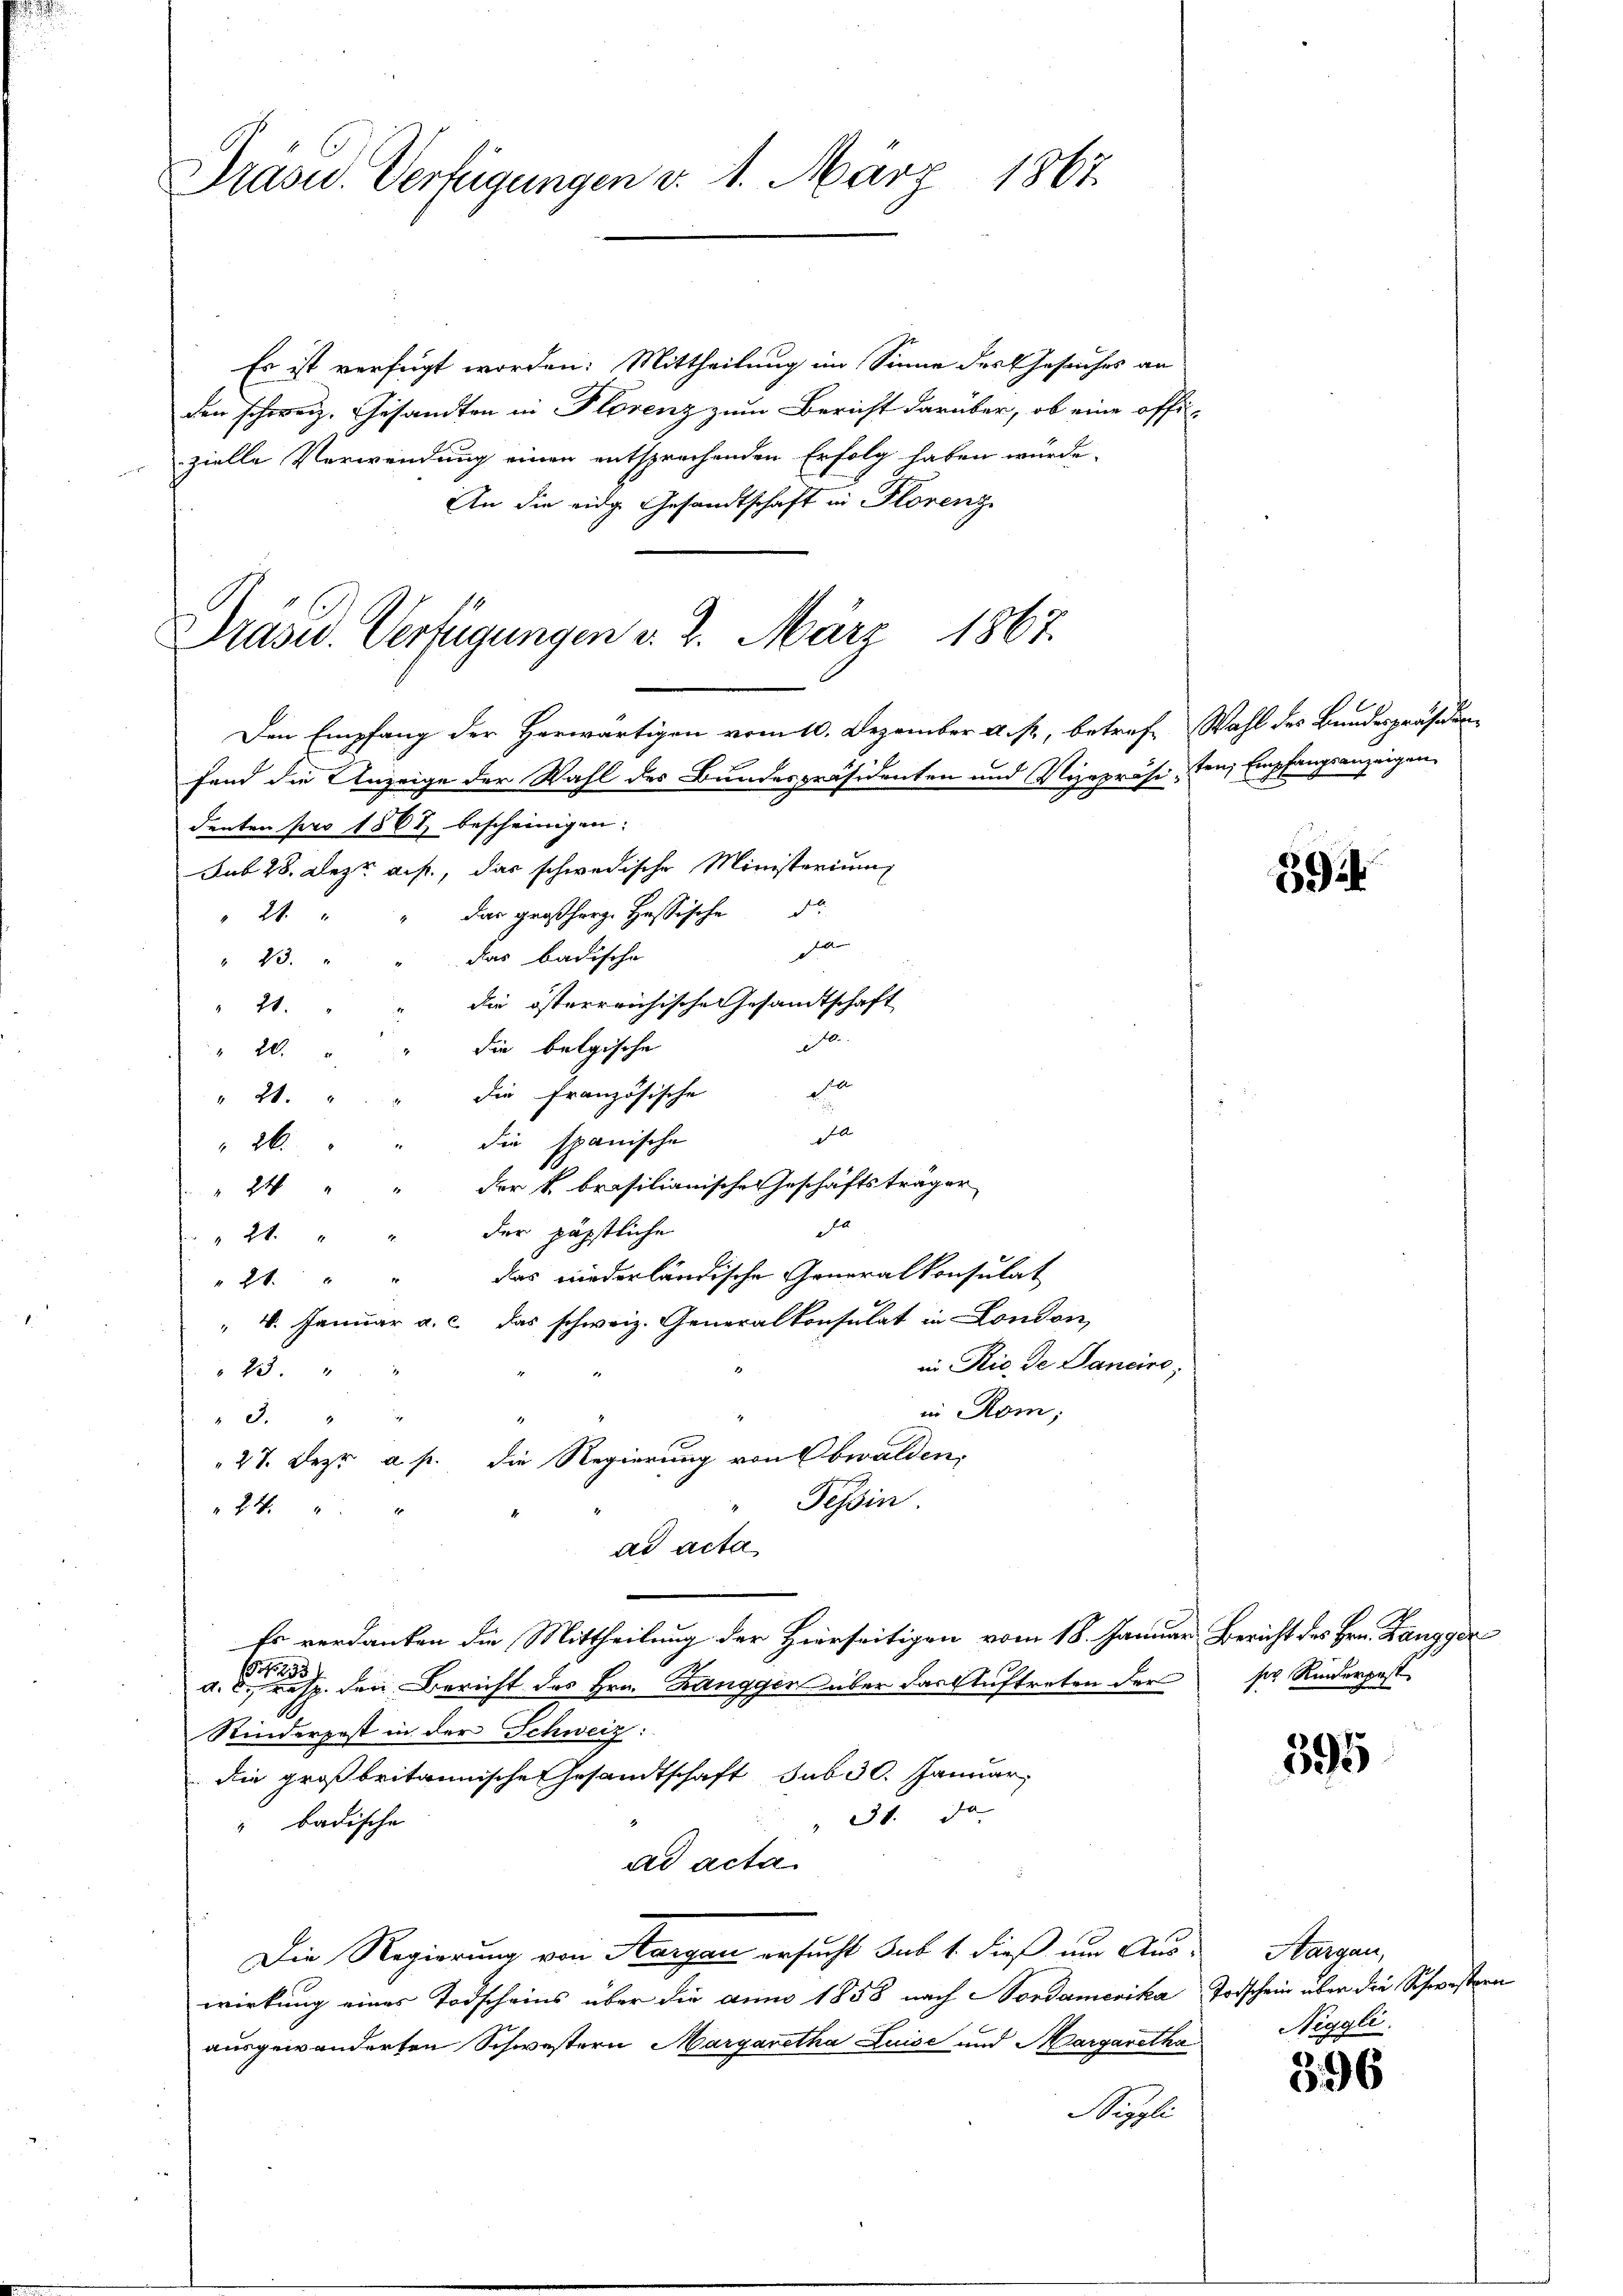
Präsid.. Verfügungen v. 1. März 1867.

Es ist verfügt worden: Mittheilung im Sinne des Gesuches an
den schweiz. Gesandten in Florenz zum Bericht darüber, ob eine offi-
zielle Verwendung einen entsprechenden Erfolg haben würde.
An die eidg Gesandtschaft in Florenz
Den Empfang der Herwärtigen vom 10. Dezember a. p., betref- Wahl des Bundespräsiden-
fand die Anzeige der Wahl des Bundespräsidenten und Vizepräsiden Empfangsanzeigen
denten pro 1867 bescheinigen.
Sub 28. Dez. auf, das schwedische Ministerium
das großherz. Hassische di
21.
e
das badische
" 23.
die österreichische Gesandtschaft
21.
10
die belgische
20.
d
die Französische
" 21.
d
die spanische
26.
der k. brasilianische eschäftsträger
24
a
der päpstliche
21
das niederländische Generalkonsulat
 21.
 4. Januar a. c. das schweiz. Generalkonsulat in London,
in Rio de Sancire,
 23. "
in Rom,
 3.
27. Dez. a. p. die Regierung von Obwalden.
Tessin.
24.
ad acta
Es verdanken die Mittheilung der Hierseitigen vom 18. Januar, Bericht des Hrn. Zangger
185/1253
a. C. resp. den Bericht des Hrn. Zangger über das Auftreten der
Kinderpest in der Schweiz:
die großbritannische Gesandtschaft sub 30. Januar,
 31. Ja
badische
ad acta
Die Regierung von Aargau ersucht sub 1. dieß um Aus- Margau,
wirkung eines Todscheins über die anno 1858 nach Nordamerika Todschein über die Schwestern
ausgewänderten Schwestern Margaretha Luise und Margaretha
Weggli

Präsid. Verfügungen d. 2. März 1867.

59

ser Rinderpest

395

Niggli

396